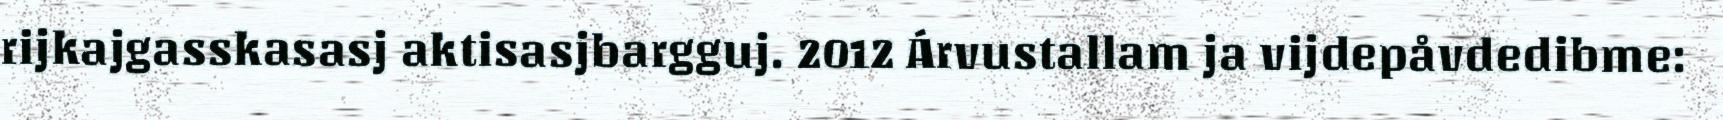
rijkajgasskasasj aktisasjbargguj. 2012 Árvustallam ja vijdepåvdedibme: